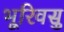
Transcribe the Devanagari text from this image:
भूरिवसु